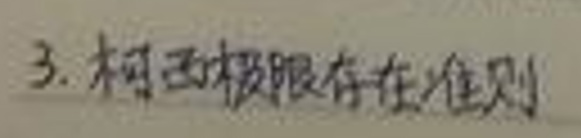
3. 柯西极限存在准则